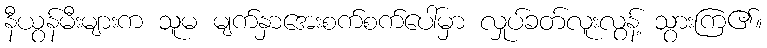
နီယွန်မီးများက သူမ မျက်နှာအေးစက်စက်ပေါ်မှာ လှုပ်ခတ်လူးလွန့် သွားကြ၏။